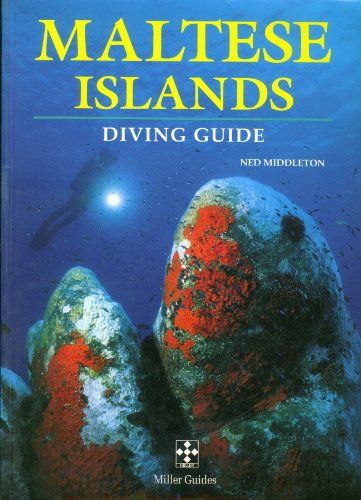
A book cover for Maltese Islands Diving Guide; Ned Middleton; Travel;